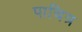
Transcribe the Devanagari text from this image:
पाचित्र